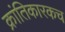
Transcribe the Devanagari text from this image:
क्रांतिकारकच